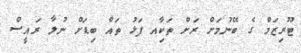
ޓޫރިޒަމް ގެ ބޭނުމަަށް ރަށް ތަކާިއ ފަޅު ތައް ބިޑަށް ނުލާ ރައީސް